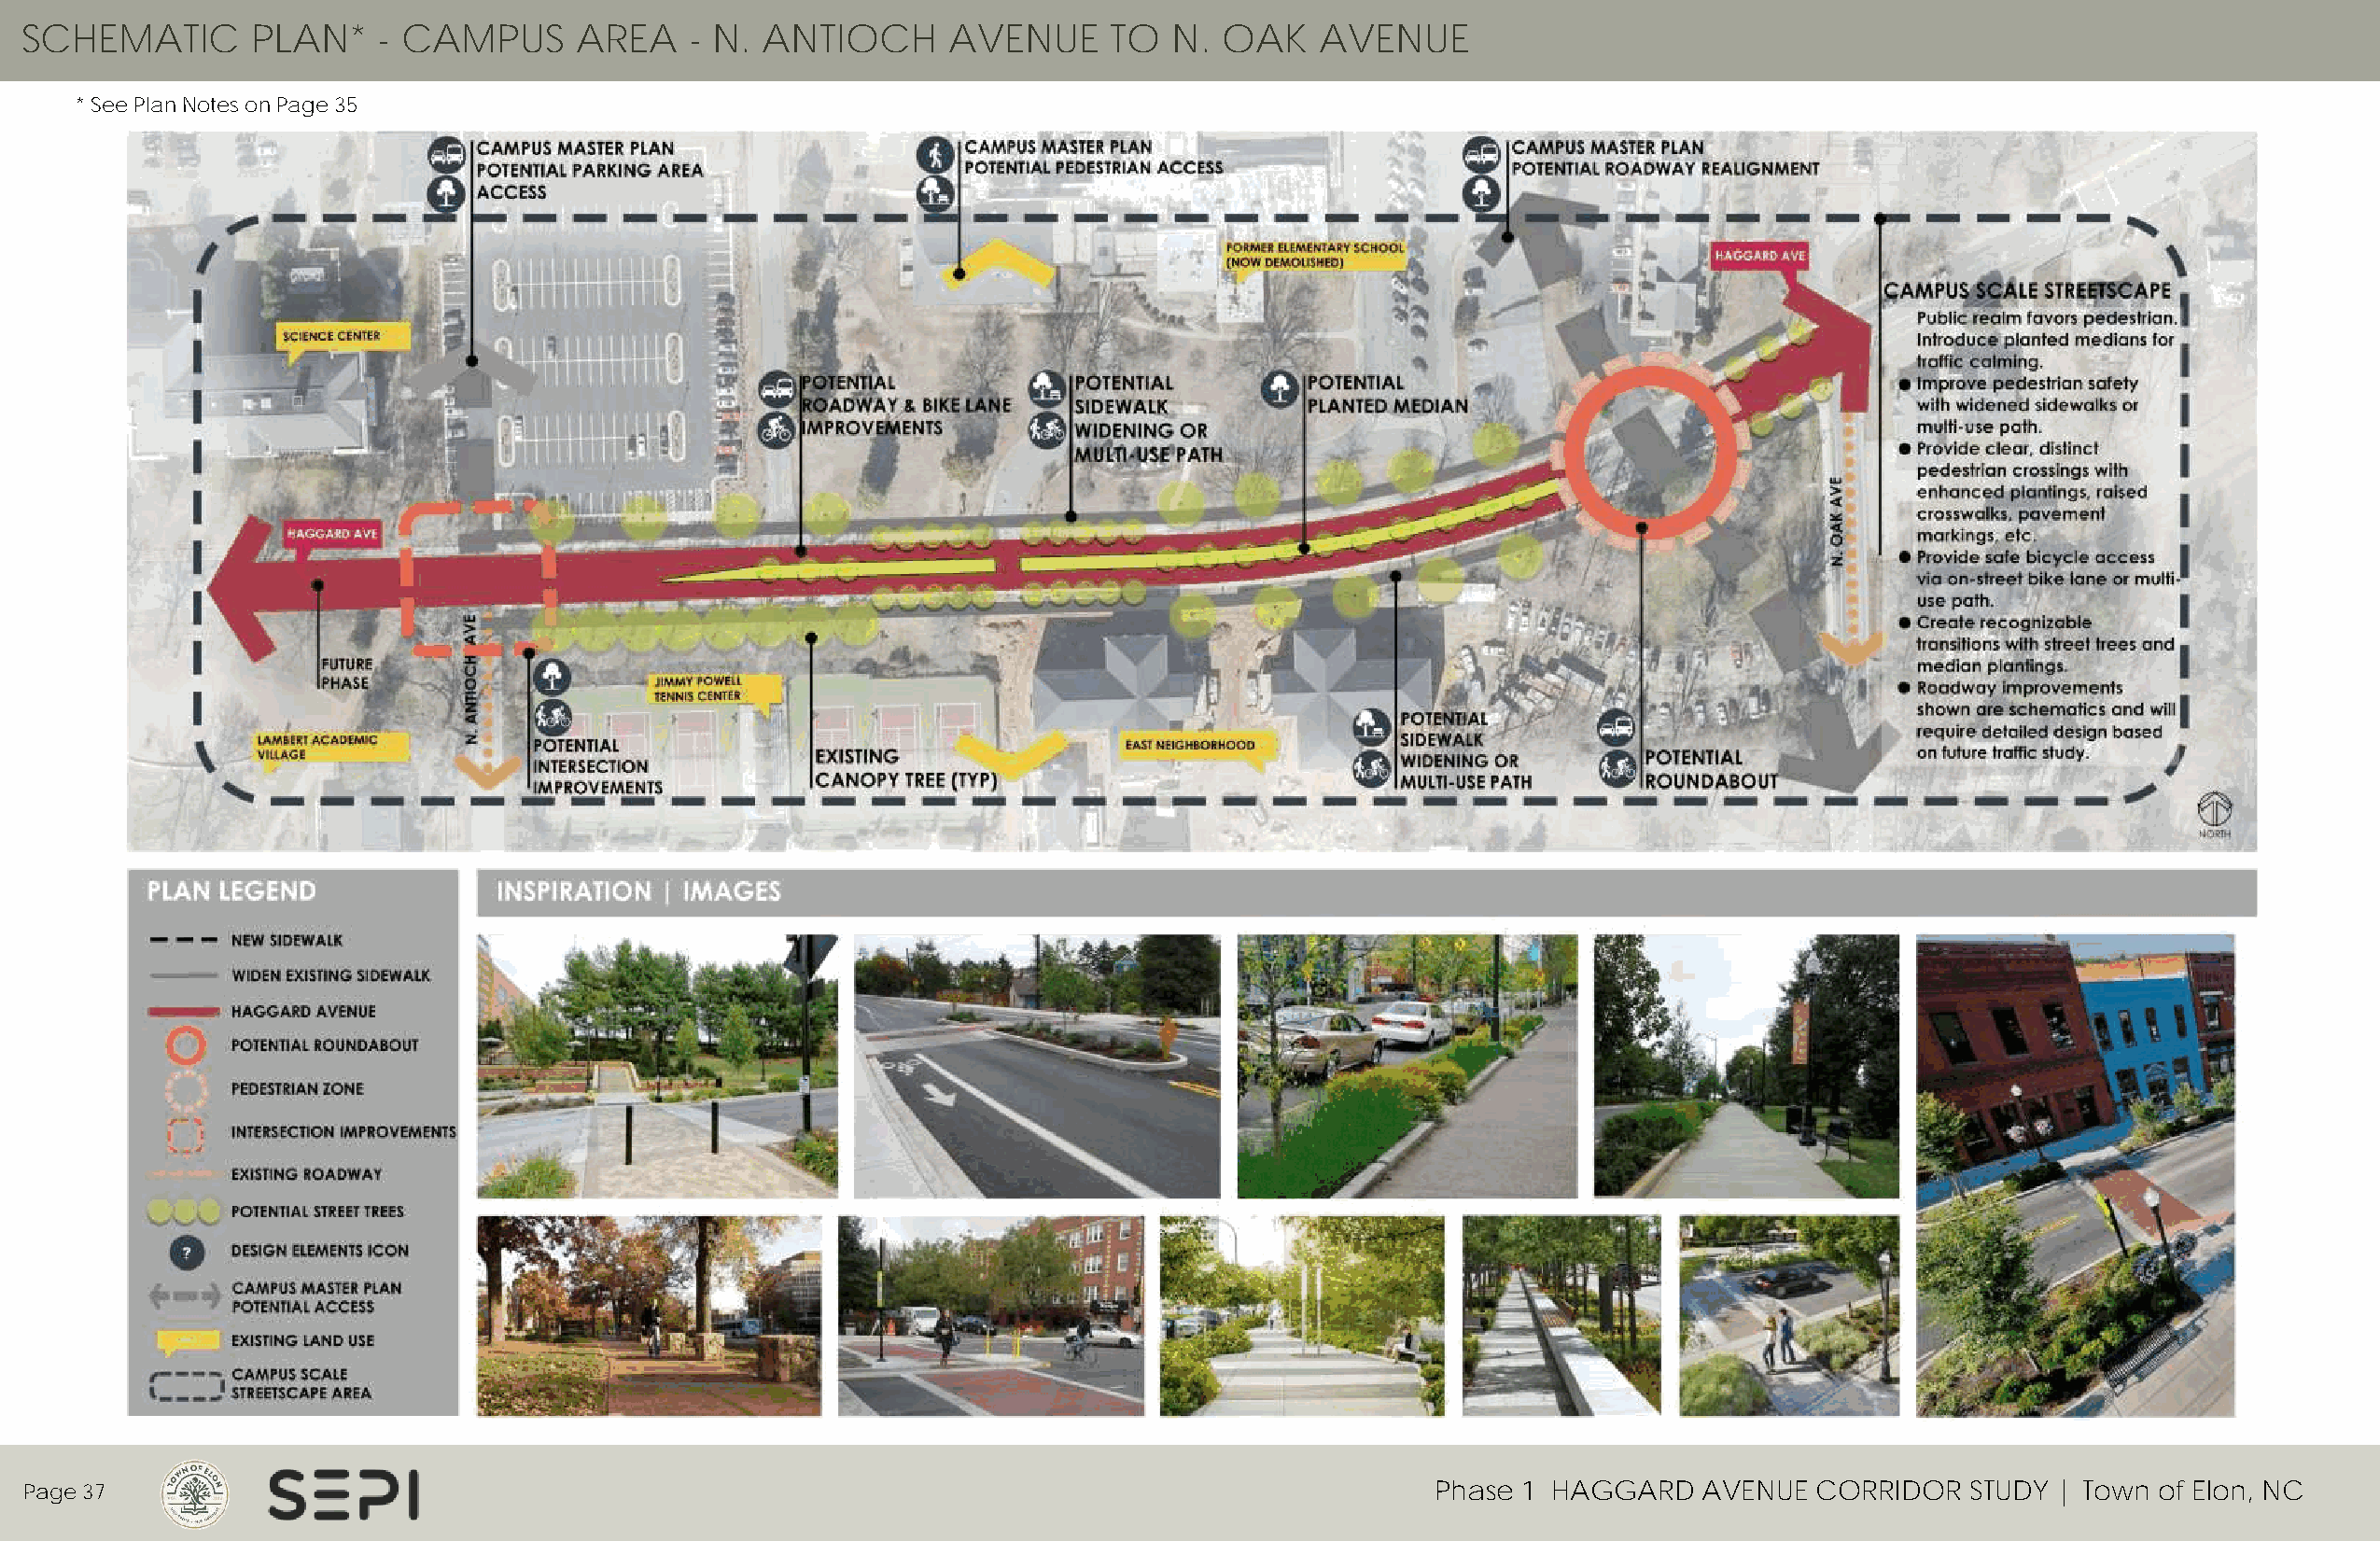
SCHEMATIC        PLAN*    - CAMPUS      AREA    - N. ANTIOCH      AVENUE      TO  N.  OAK    AVENUE
 * See Plan Notes on Page 35
 Page 37                                                                                             Phase 1 HAGGARD    AVENUE  CORRIDOR   STUDY | Town of Elon, NC